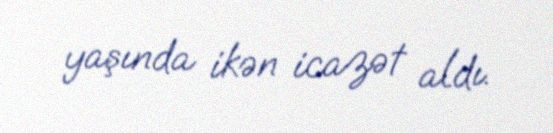
yaşında ikən icazət aldı.